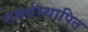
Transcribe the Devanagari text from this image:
समर्थस्थापित